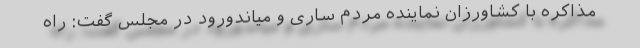
مذاکره با کشاورزان نماینده مردم ساری و میاندورود در مجلس گفت: راه